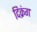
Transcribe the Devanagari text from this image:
दिक्रंग